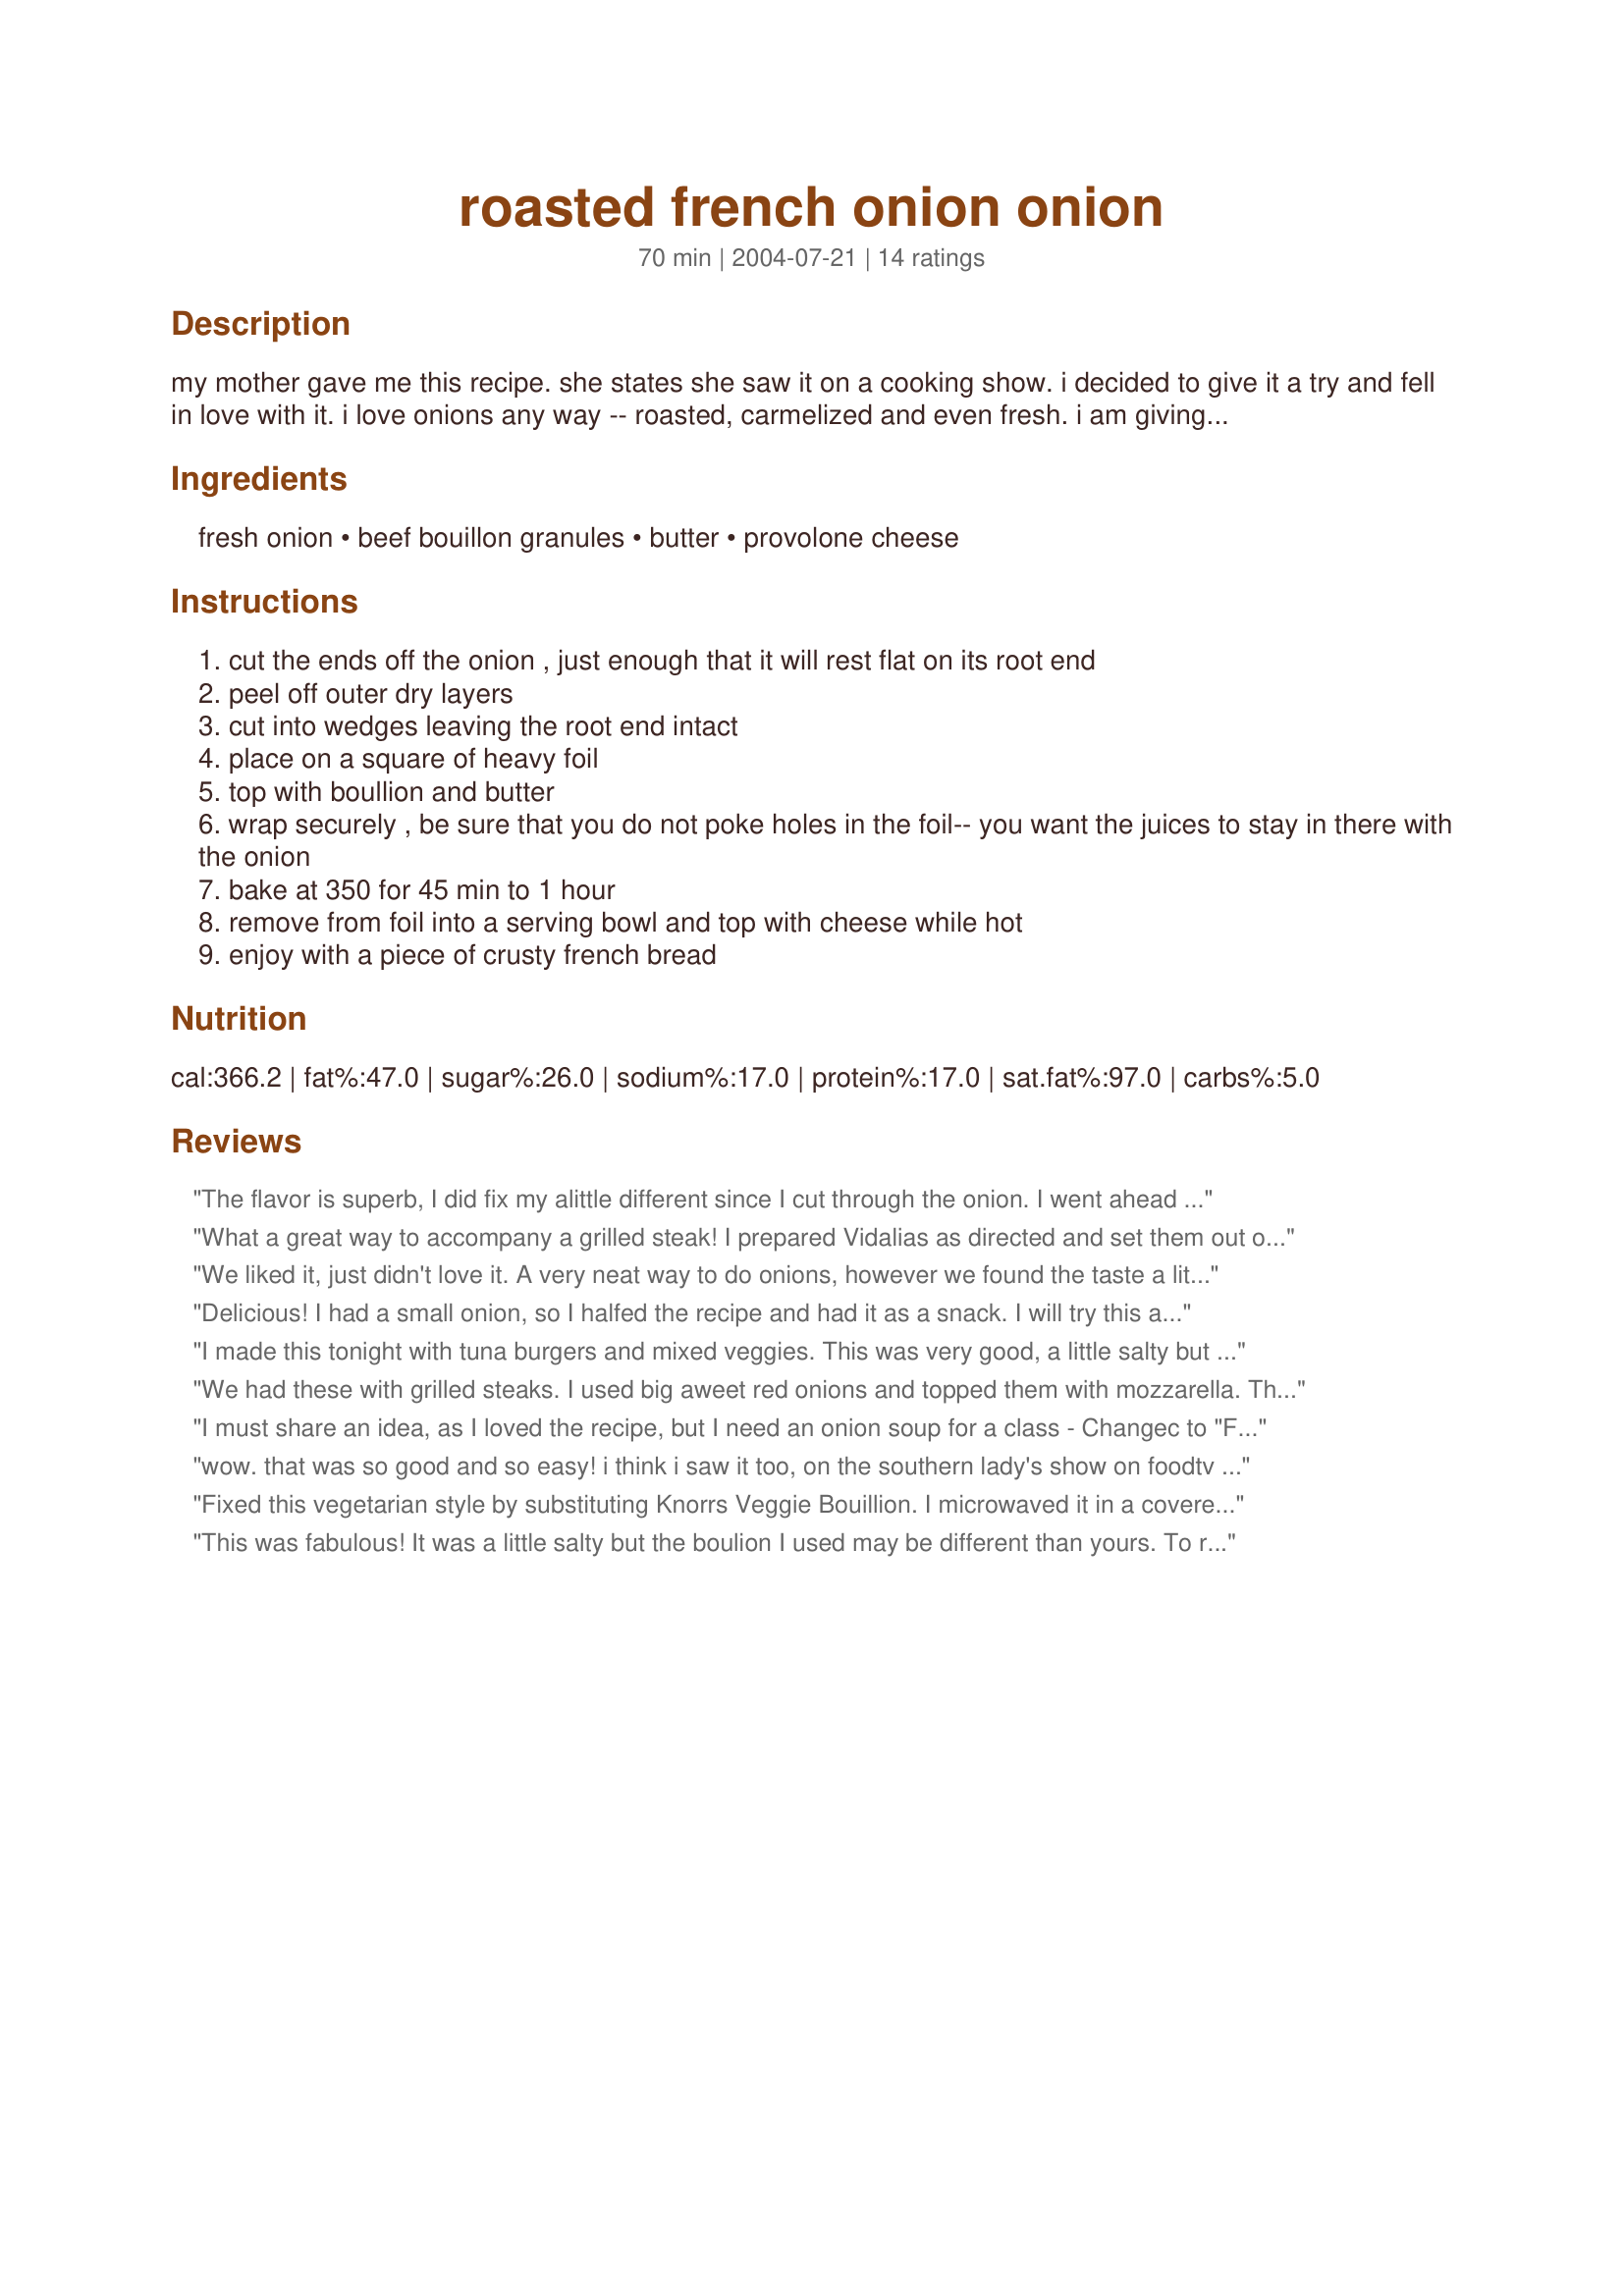
roasted french onion onion
Preparation time: 70 minutes

my mother gave me this recipe. she states she saw it on a cooking show. i decided to give it a try and fell in love with it. i love onions any way -- roasted, carmelized and even fresh. i am giving her credit and putting it here for others to enjoy!

Ingredients:
fresh onion, beef bouillon granules, butter, provolone cheese

Steps:
cut the ends off the onion , just enough that it will rest flat on its root end
peel off outer dry layers
cut into wedges leaving the root end intact
place on a square of heavy foil
top with boullion and butter
wrap securely , be sure that you do not poke holes in the foil-- you want the juices to stay in there with the onion
bake at 350 for 45 min to 1 hour
remove from foil into a serving bowl and top with cheese while hot
enjoy with a piece of crusty french bread

Reviews:
The flavor is superb, I did fix my alittle different since I cut through the onion. I went ahead and slice the onion and place it in a pie pan. I dotted it with the butter and sprinkle the bouillon over the top. Covere with foil then baked. 
When the onion was tender I place provolone cheese on top of it and covered until the cheese melted. Served it with crusty bread and a salad for a complete delicious meal. It is a little salty but again we really enjoyed this easy recipe.
What a great way to accompany a grilled steak! I prepared Vidalias as directed and set them out on the grill (which took less time than the oven). Yummy!
 I think next time I will first microwave the onions after cutting to partially cook them and then assemble for the grill. This technique works great to shorten cooking time for baked potatoes so I'm hopeful!
We liked it, just didn't love it. A very neat way to do onions, however we found the taste a little too 'chemically' for us due to the large amount of beef granules. Thanks for posting!
Delicious! I had a small onion, so I halfed the recipe and had it as a snack. I will try this at work for lunch by cooking it in the microwave.
I made this tonight with tuna burgers and mixed veggies. This was very good, a little salty but I didn't mind that. I put mozz. cheese on it but I think that another type of cheese would be better. I will be making this again and while we are camping! Thanks for sharing.
We had these with grilled steaks. I used big aweet red onions and topped them with mozzarella. This is a real company dish! Fantastic! — Sep 5, 2005
I forgot to add; be sure to serve with lots of crusty bread to soak up the juice. We've had these several rimes now and the bread's a necessity! 

I must share an idea, as I loved the recipe, but I need an onion soup for a class - Changec to "French Onion Flower Soup": prepared onions, place in the crockpot. Topped each with 1 teaspoon packaged dry au jus mixture, 2 teaspoons olive oil and 1 tablespoon butter. Crockpot on high for 4 hours, low for 3 hours. During the last hour added 4 cups beef stock. Scooped into soup bowls and garnished with strips of swiss cheese (grated cheese would be fine too). Thanks, SueYoung/LA 

wow. that was so good and so easy! i think i saw it too, on the southern lady's show on foodtv but had forgotten about it til now. it was very salty (bouillon) but i will definitely be making this again!!!!! i might even add a little extra water to it and make french onion soup like this. thank you!
Fixed this vegetarian style by substituting Knorrs Veggie Bouillion. I microwaved it in a covered corningware dish (I needed it cooked quick. It was fantastic.
This was fabulous! It was a little salty but the boulion I used may be different than yours. To reduce the saltiness I added a little hot water which made it more soupy...delicous! Even my daughter who normally hates anything with onions gobbled it up!
All I can say is YUM! If I could rate it a 6, I would! I took Grease's advice the first time I made them and microwaved them for a bit (5 min in a container) and then buttered/seasoned and tossed them in the oven for 30 minutes. Can out great - realized I didn't have the right cheese so I subbed colby/jack which was fine (see pic above). Then the next day (today) when I was dying to have them again, I took some advice a friend at work gave me. She said to do the whole thing in the microwave (put it in a bowl with a plate set on top for a slightly vented seal). It actually worked great! So I microwave it for 10 minutes - top it with Kraft’s Italian blend and microwave it another minute or two and OH MY! Wonderful! (See the other picture above.) Thanks for sharing this one - it's an instant favorite – one I enjoyed almost daily for the first couple weeks after first trying it! Couldn’t get enough!
This was pretty good, with tender and crunchy bits. There was a bit too much butter for my taste- I'll halve it next time.
So yummy and it is something different to serve! I used 2 tsp of bouillon and about 1/2 Tbsp butter and it was still great. My onion fell apart when I unwrapped it so I will be careful not to cut so far down next time. I think maybe leaving an inch or so at the bottom of the onion should do it! I used regular cooking onions and I was surprised at the sweet taste of the final product. I truly loved this and will make it many more times. Thanks a bunch!
This was very yummy. Used chicken bouillion cubes though, and it was kind of salty. My husband and Company loved it, i did microwave it for 5 min first though.... Delicious!
